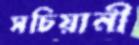
সচিয়ানী